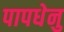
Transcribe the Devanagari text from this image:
पापधेनु